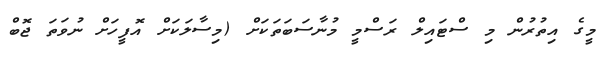
މީގެ އިތުރުން މި ސްޓައިލް ރަސްމީ މުނާސަބަތަކަށް (މިސާލަކަށް އޮފީހަށް ނުވަތަ ޖޮބް